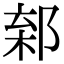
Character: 𨜎